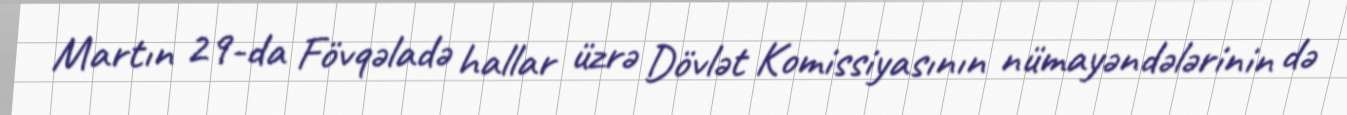
Martın 29-da Fövqəladə hallar üzrə Dövlət Komissiyasının nümayəndələrinin də